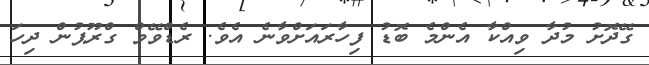
ގޭދޮށު މުދާ ވިއްކާ އެންމެ ބޮޑު ފިހާރައަށްވާނެ އެވެ. ރެޑްވޭވް ގްރޫޕުން ދިހަ